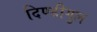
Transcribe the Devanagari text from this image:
दिण्डीगुल